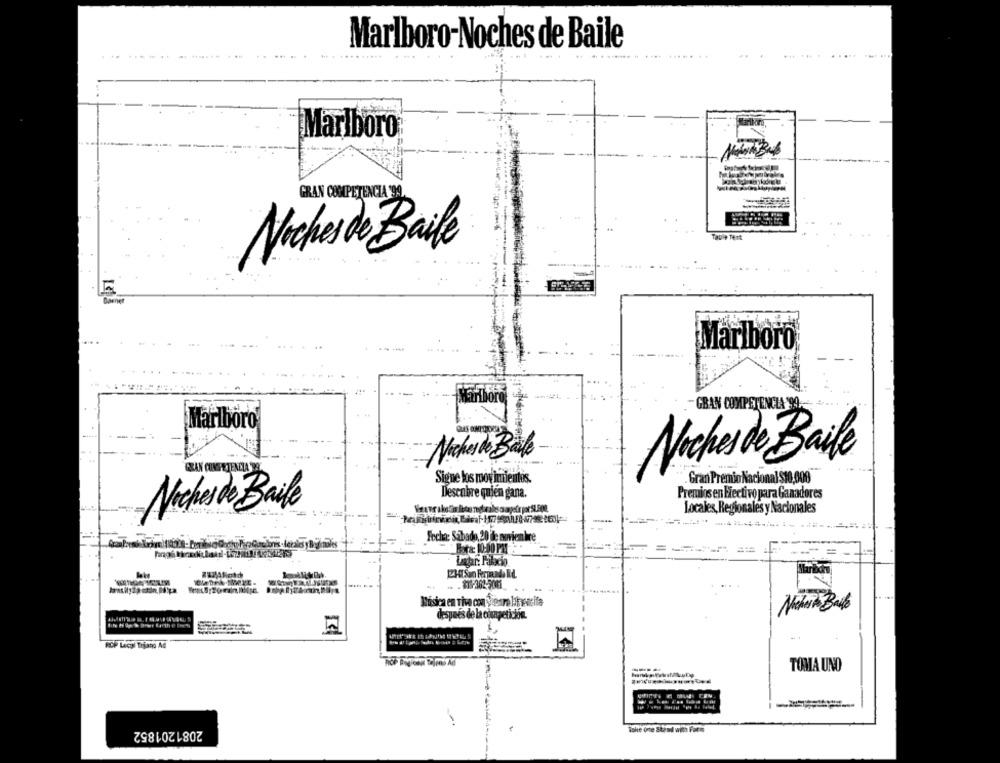
Marlboro-Noches de Baile
......
....
Marlboro
GRAN COMPETENCIA 99,
Taule Tenk
Nochesde Baile
5
Marlboro
Marlboro
-GRAN COMPETENCIA 99
Marlboro
Noches de Bale
FRAN COMPETENCIA DE
Noches de Baile
Signe los movimientos.
Gran Premio Nacional $10,000
Descobre quien gana.
Premios en Fiectivo para Ganadores
Noches de Baile
Locales, Regionales y Nacionales
Fecha: Sabado, 20 ile noviembre
Byta: 10:00 PM
= ==
=
..
Música en Tive con Vioare bitwacita
después de la competiche.
ROP Lecal Trjano Ad
TOMA UNO
2081201852
The one Stand with Form